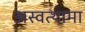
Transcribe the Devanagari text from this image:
अस्वत्थामा